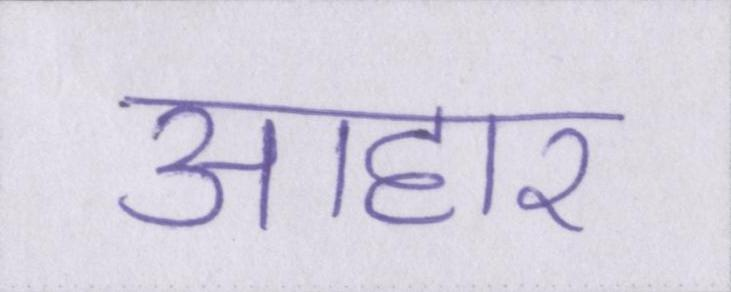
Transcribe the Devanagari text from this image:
आहार